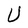
Character: U